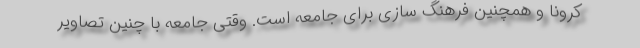
کرونا و همچنین فرهنگ سازی برای جامعه است. وقتی جامعه با چنین تصاویر